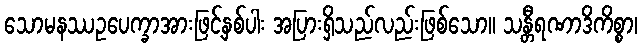
သောမနဿဥပေက္ခာအားဖြင့်နှစ်ပါး အပြားရှိသည်လည်းဖြစ်သော။ သန္တီရဏာဒိကိစ္စာ၊